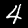
Label: 4